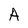
Character: A